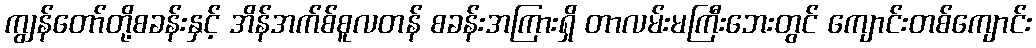
ကျွန်တော်တို့စခန်းနှင့် အိန်အက်စ်စူလတန် စခန်းအကြားရှိ တာလမ်းမကြီးဘေးတွင် ကျောင်းတစ်ကျောင်း